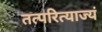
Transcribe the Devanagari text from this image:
तत्परित्याज्यं